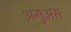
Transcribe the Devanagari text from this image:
अगुअस